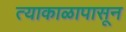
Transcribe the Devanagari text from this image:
त्याकाळापासून